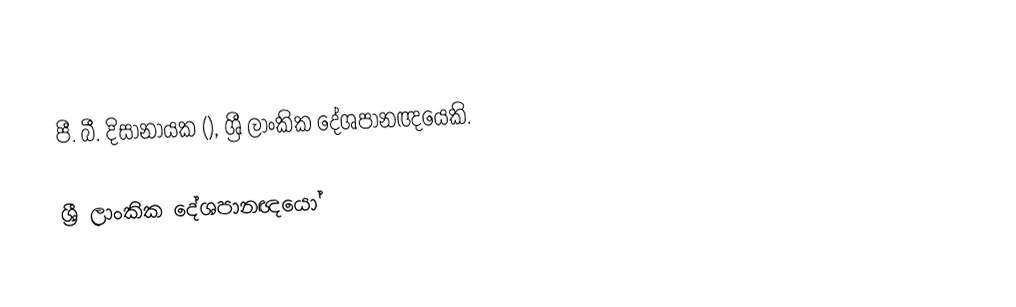
පී. බී. දිසානායක (), ශ්‍රී ලාංකික දේශපානඥයෙකි.

ශ්‍රී ලාංකික දේශපානඥයෝ